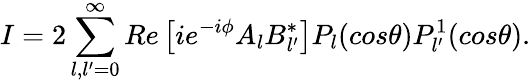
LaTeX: I=2\sum_{l,l^{\prime}=0}^{\infty}Re\left[ie^{-i\phi}A_{l}B_{l^{\prime}}^{*}\right]P_{l}(cos\theta)P_{l^{\prime}}^{1}(cos\theta).